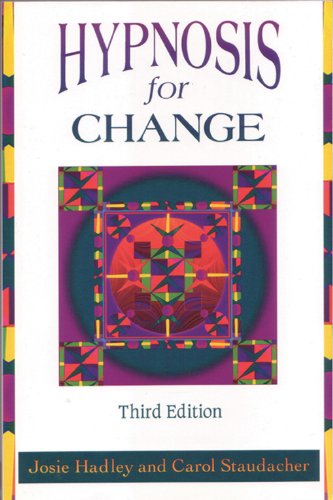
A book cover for Hypnosis for Change; Josie Hadley; Self-Help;